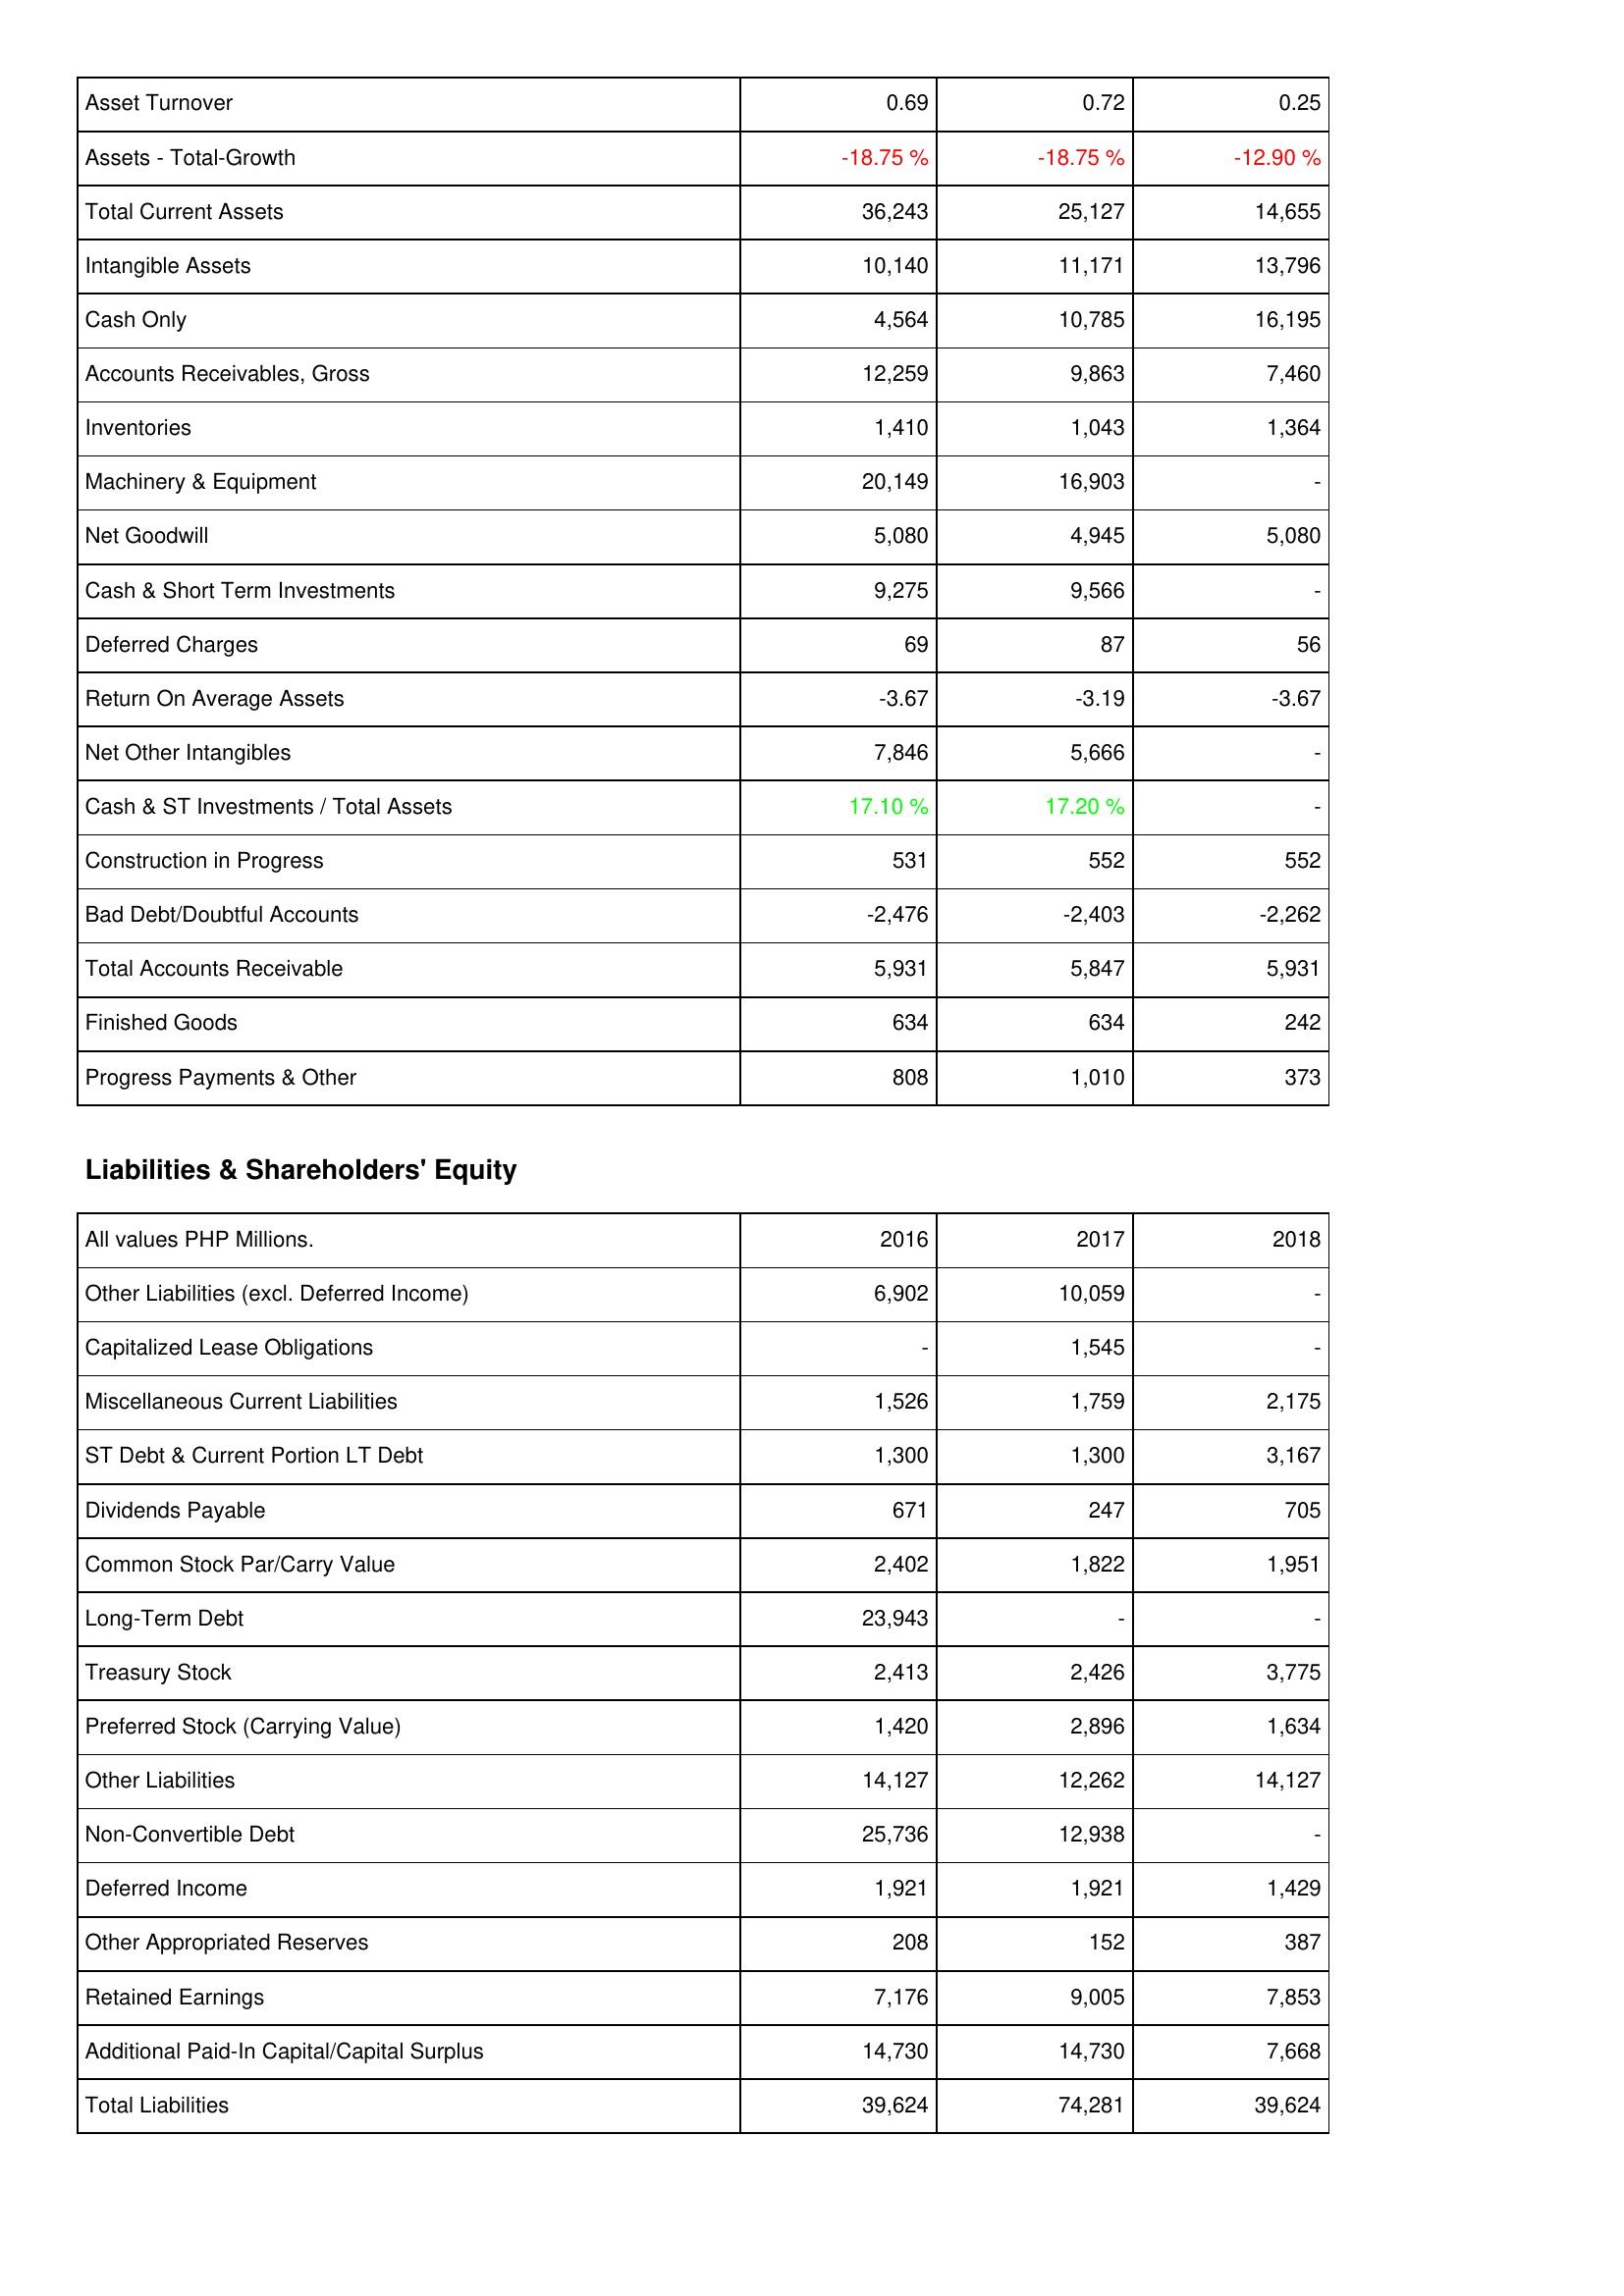
2016: Assets: Asset Turnover: 0.69
Assets - Total-Growth: -18.75 %
Total Current Assets: 36,243
Intangible Assets: 10,140
Cash Only: 4,564
Accounts Receivables, Gross: 12,259
Inventories: 1,410
Machinery & Equipment: 20,149
Net Goodwill: 5,080
Cash & Short Term Investments: 9,275
Deferred Charges: 69
Return On Average Assets: -3.67
Net Other Intangibles: 7,846
Cash & ST Investments / Total Assets: 17.10 %
Construction in Progress: 531
Bad Debt/Doubtful Accounts: -2,476
Total Accounts Receivable: 5,931
Finished Goods: 634
Progress Payments & Other: 808
Liabilities & Shareholders' Equity: Other Liabilities (excl. Deferred Income): 6,902
Capitalized Lease Obligations: -
Miscellaneous Current Liabilities: 1,526
ST Debt & Current Portion LT Debt: 1,300
Dividends Payable: 671
Common Stock Par/Carry Value: 2,402
Long-Term Debt: 23,943
Treasury Stock: 2,413
Preferred Stock (Carrying Value): 1,420
Other Liabilities: 14,127
Non-Convertible Debt: 25,736
Deferred Income: 1,921
Other Appropriated Reserves: 208
Retained Earnings: 7,176
Additional Paid-In Capital/Capital Surplus: 14,730
Total Liabilities: 39,624
2017: Assets: Asset Turnover: 0.72
Assets - Total-Growth: -18.75 %
Total Current Assets: 25,127
Intangible Assets: 11,171
Cash Only: 10,785
Accounts Receivables, Gross: 9,863
Inventories: 1,043
Machinery & Equipment: 16,903
Net Goodwill: 4,945
Cash & Short Term Investments: 9,566
Deferred Charges: 87
Return On Average Assets: -3.19
Net Other Intangibles: 5,666
Cash & ST Investments / Total Assets: 17.20 %
Construction in Progress: 552
Bad Debt/Doubtful Accounts: -2,403
Total Accounts Receivable: 5,847
Finished Goods: 634
Progress Payments & Other: 1,010
Liabilities & Shareholders' Equity: Other Liabilities (excl. Deferred Income): 10,059
Capitalized Lease Obligations: 1,545
Miscellaneous Current Liabilities: 1,759
ST Debt & Current Portion LT Debt: 1,300
Dividends Payable: 247
Common Stock Par/Carry Value: 1,822
Long-Term Debt: -
Treasury Stock: 2,426
Preferred Stock (Carrying Value): 2,896
Other Liabilities: 12,262
Non-Convertible Debt: 12,938
Deferred Income: 1,921
Other Appropriated Reserves: 152
Retained Earnings: 9,005
Additional Paid-In Capital/Capital Surplus: 14,730
Total Liabilities: 74,281
2018: Assets: Asset Turnover: 0.25
Assets - Total-Growth: -12.90 %
Total Current Assets: 14,655
Intangible Assets: 13,796
Cash Only: 16,195
Accounts Receivables, Gross: 7,460
Inventories: 1,364
Machinery & Equipment: -
Net Goodwill: 5,080
Cash & Short Term Investments: -
Deferred Charges: 56
Return On Average Assets: -3.67
Net Other Intangibles: -
Cash & ST Investments / Total Assets: -
Construction in Progress: 552
Bad Debt/Doubtful Accounts: -2,262
Total Accounts Receivable: 5,931
Finished Goods: 242
Progress Payments & Other: 373
Liabilities & Shareholders' Equity: Other Liabilities (excl. Deferred Income): -
Capitalized Lease Obligations: -
Miscellaneous Current Liabilities: 2,175
ST Debt & Current Portion LT Debt: 3,167
Dividends Payable: 705
Common Stock Par/Carry Value: 1,951
Long-Term Debt: -
Treasury Stock: 3,775
Preferred Stock (Carrying Value): 1,634
Other Liabilities: 14,127
Non-Convertible Debt: -
Deferred Income: 1,429
Other Appropriated Reserves: 387
Retained Earnings: 7,853
Additional Paid-In Capital/Capital Surplus: 7,668
Total Liabilities: 39,624